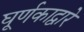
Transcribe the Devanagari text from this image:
घूर्णकाद्वारे